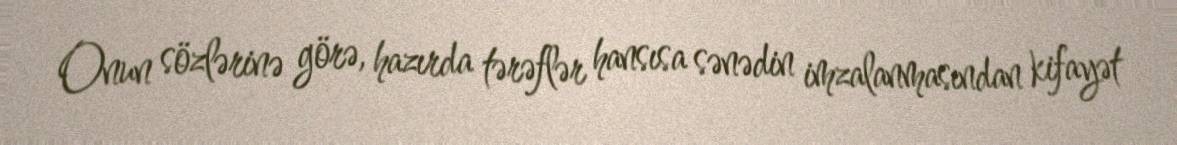
Onun sözlərinə görə, hazırda tərəflər hansısa sənədin imzalanmasından kifayət